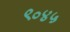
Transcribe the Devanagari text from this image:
९०४५